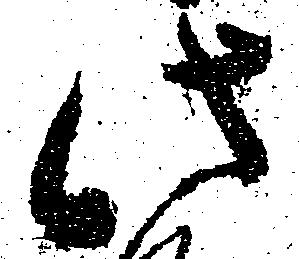
此